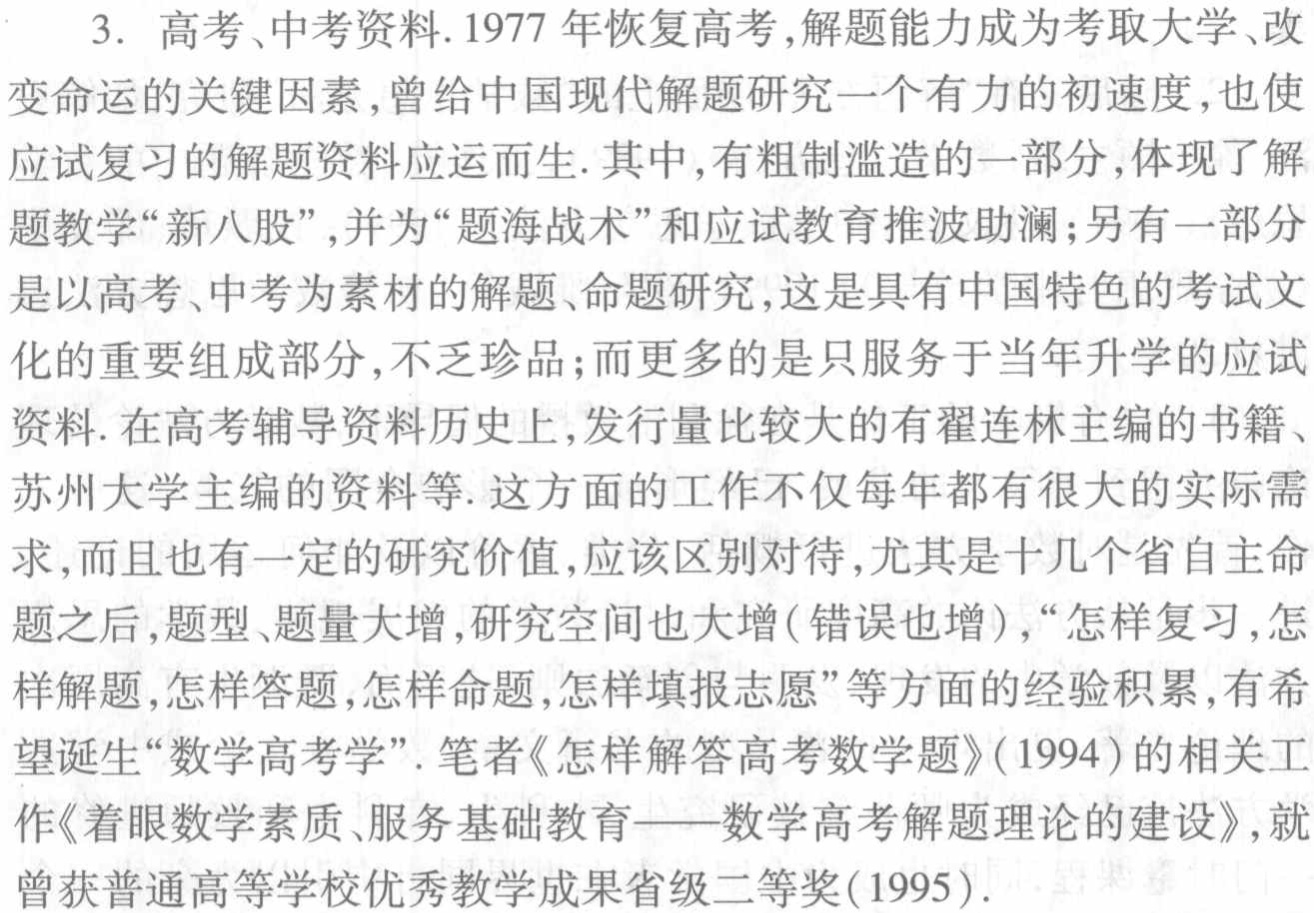
3. 高考、中考资料. 1977 年恢复高考,解题能力成为考取大学、改变命运的关键因素,曾给中国现代解题研究一个有力的初速度,也使应试复习的解题资料应运而生. 其中,有粗制滥造的一部分,体现了解题教学“新八股”,并为“题海战术”和应试教育推波助澜;另有一部分是以高考、中考为素材的解题、命题研究,这是具有中国特色的考试文化的重要组成部分,不乏珍品;而更多的是只服务于当年升学的应试资料. 在高考辅导资料历史上,发行量比较大的有翟连林主编的书籍、苏州大学主编的资料等. 这方面的工作不仅每年都有很大的实际需求,而且也有一定的研究价值,应该区别对待,尤其是十几个省自主命题之后,题型、题量大增,研究空间也大增(错误也增),“怎样复习,怎样解题,怎样答题,怎样命题,怎样填报志愿”等方面的经验积累,有希望诞生“数学高考学”. 笔者《怎样解答高考数学题》(1994)的相关工作《着眼数学素质、服务基础教育——数学高考解题理论的建设》,就曾获普通高等学校优秀教学成果省级二等奖(1995).